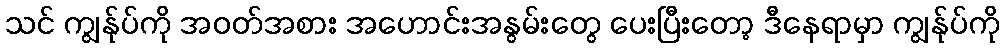
သင် ကျွန်ုပ်ကို အဝတ်အစား အဟောင်းအနွမ်းတွေ ပေးပြီးတော့ ဒီနေရာမှာ ကျွန်ုပ်ကို